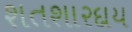
શતશારદાય